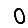
Digit: 0